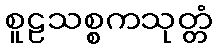
စူဠသစ္စကသုတ္တံ